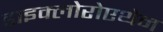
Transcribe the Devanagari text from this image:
डाइक्लोरोएथेन